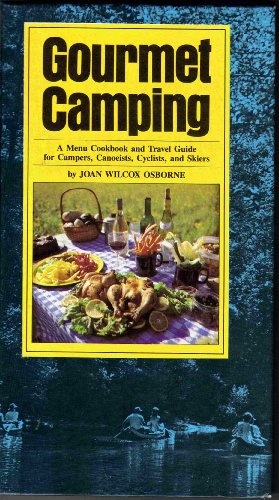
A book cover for Gourmet camping: A menu cookbook and travel guide for campers, canoeists, cyclists, and skiers; Joan Wilcox Osborne; Cookbooks, Food & Wine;